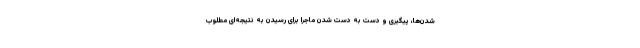
شدن‌ها، پیگیری و دست به دست شدن ماجرا برای رسیدن به نتیجه‌ای مطلوب